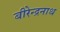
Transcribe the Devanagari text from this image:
बीरेन्द्रनाथ